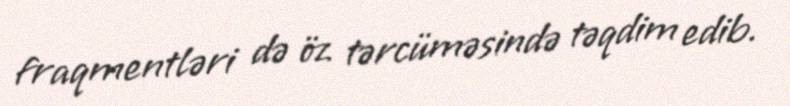
fraqmentləri də öz tərcüməsində təqdim edib.